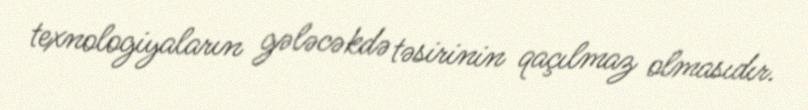
texnologiyaların gələcəkdə təsirinin qaçılmaz olmasıdır.